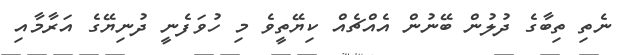
ނެތި ތިބާގެ ދުލުން ބޭނުން އެއްޗެއް ކިޔޭތީވެ މި ހުވަފެނީ ދުނިޔޭގެ އަރާމާއި